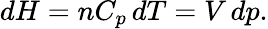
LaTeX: dH=nC_{p}\, dT=V\, dp.